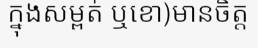
ក្នុងសម្ពត់ ឬខោ)មានចិត្ត